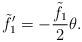
LaTeX: \begin{align*}{\tilde f_1}'=-\frac{\tilde f_1}{2}\theta.\end{align*}